Lunatic asylums Central Provinces reports 1886-1894 - 1886-1894
Year: 1886
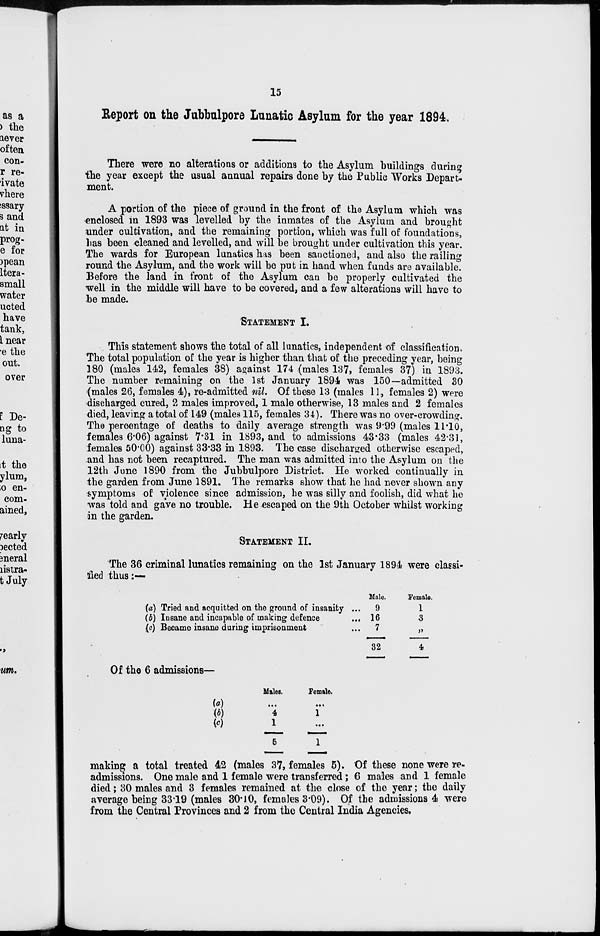
15
Report on the Jubbulpore Lunatic Asylum for the year 1894.
There were no alterations or additions to the Asylum buildings during
the year except the usual annual repairs done by the Public Works Depart-
ment.
A portion of the piece of ground in the front of the Asylum which was
enclosed in 1893 was levelled by the inmates of the Asylum and brought
under cultivation, and the remaining portion, which was full of foundations,
has been cleaned and levelled, and will be brought under cultivation this year.
The wards for European lunatics has been sanctioned, and also the railing
round the Asylum, and the work will be put in hand when funds are available.
Before the land in front of the Asylum can be properly cultivated the
well in the middle will have to be covered, and a few alterations will have to
be made.
STATEMENT I.
This statement shows the total of all lunatics, independent of classification.
The total population of the year is higher than that of the preceding year, being
180 (males 142, females 38) against 174 (males 137, females 37) in 1893.
The number remaining on the 1st January 1894 was 150—admitted 30
(males 26, females 4), re-admitted nil. Of these 13 (males 11, females 2) were
discharged cured, 2 males improved, 1 male otherwise, 13 males and 2 females
died, leaving a total of 149 (males 115, females 34). There was no over-crowding.
The percentage of deaths to daily average strength was 9.99 (males 11.10,
females 6.06) against 7.31 in 1893, and to admissions 43.33 (males 42.31,
females 50.00) against 33.33 in 1893. The case discharged otherwise escaped,
and has not been recaptured. The man was admitted into the Asylum on the
12th June 1890 from the Jubbulpore District. He worked continually in
the garden from June 1891. The remarks show that he had never shown any
symptoms of violence since admission, he was silly and foolish, did what he
was told and gave no trouble. He escaped on the 9th October whilst working
in the garden.
STATEMENT II.
The 36 criminal lunatics remaining on the 1st January 1894 were classi-
fied thus:—
(a)
(b)
(c)
Tried and acquitted on the ground of insanity ...
Insane and incapable of making defence
...
Became insane during imprisonment ...
Male.
9
16
7
32
Female.
1
3
„
4
Of the 6 admissions—
(a)
(b)
(c)
Males.
...
4
1
5
Female.
...
1
...
1
making a total treated 42 (males 37, females 5). Of these none were re-
admissions. One male and 1 female were transferred; 6 males and 1 female
died; 30 males and 3 females remained at the close of the year; the daily
average being 33.19 (males 30.10, females 3.09). Of the admissions 4 were
from the Central Provinces and 2 from the Central India Agencies.